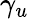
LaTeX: \gamma_{u}